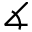
\measuredangle